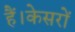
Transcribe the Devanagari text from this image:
हैं।केसरों